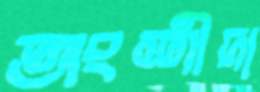
অংশীদা